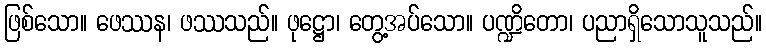
ဖြစ်သော။ ဖေဿန၊ ဖဿသည်။ ဖုဋ္ဌော၊ တွေ့အပ်သော။ ပဏ္ဍိတော၊ ပညာရှိသောသူသည်။